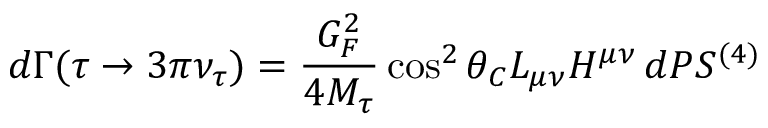
d \Gamma ( \tau \to 3 \pi \nu _ { \tau } ) = \frac { G _ { F } ^ { 2 } } { 4 M _ { \tau } } \cos ^ { 2 } \theta _ { C } L _ { \mu \nu } H ^ { \mu \nu } \, d P S ^ { ( 4 ) }